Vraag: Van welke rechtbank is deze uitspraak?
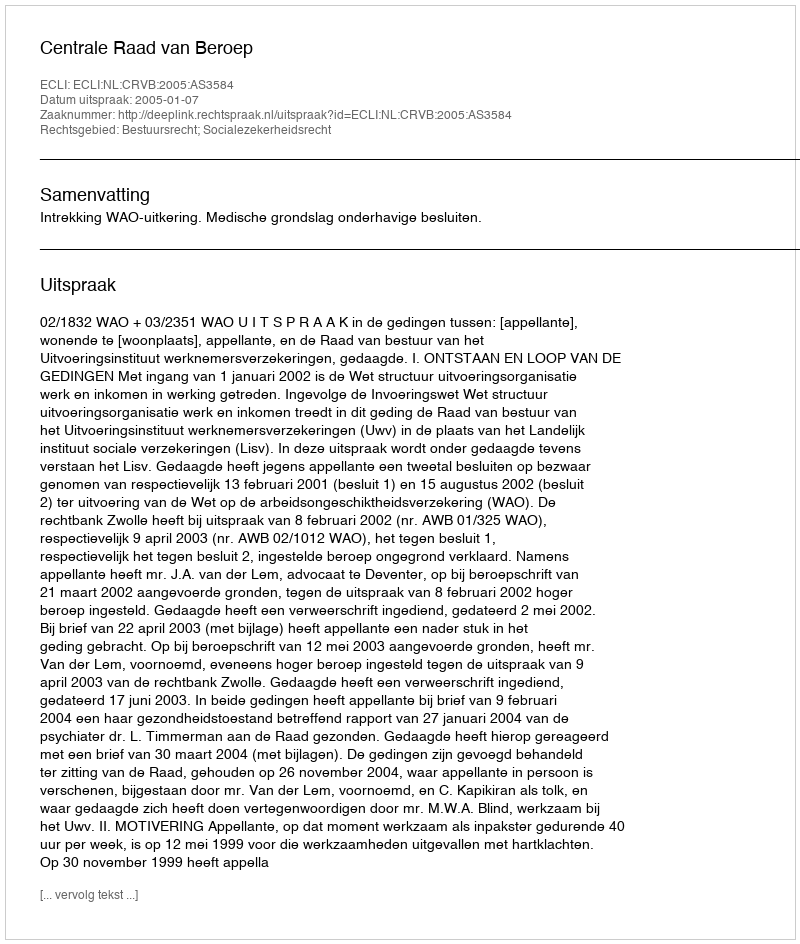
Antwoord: Centrale Raad van Beroep